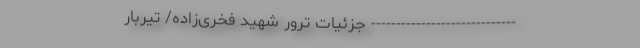
----------------------------- جزئیات ترور شهید فخری‌زاده/ تیربار